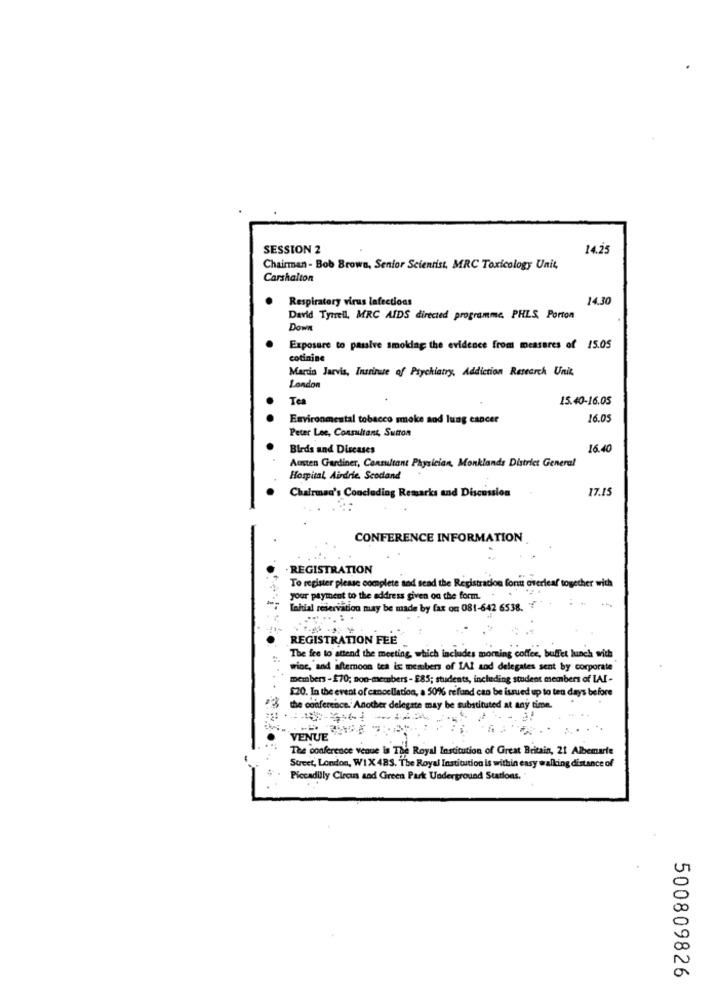
SESSION 2
14.25
Chairman- Bob Brown, Senior Scientist, MRC Toxicology Unit,
Carshalton
Respiratory virus lafections
14.30
David Tyrrell, MRC AIDS directed programme, PHLS, Porton
Down
Exposure to passive smokdag the evidence from measures of 15.05
cotinine
Mardin Jarvis, Insriruse of Psychiatry, Addiction Research Unit.
London
Tea
15.40-16.05
Environmental tobacco smoke and lung cancer
16.05
..
Peter Lee, Consultant, Sutton
Bleds and Diseases
16.40
Austen Gardiner, Consultant Physician, Monklands District General
Hospital, Airdrie. Seodand
Chairman's Concluding Remarks and Discussion
17.15
CONFERENCE INFORMATION
. REGISTRATION
To register please complete sod sead the Registration form overleaf together with
--
your payment to the address given on the form.
Tahial reservation may be made by fax on 081-642 6538. ? "
REGISTRATION FEE
The fee to attend the meeting, which includes morning coffee, buffet lunch with
winc, and afternoon tea is members of IAI and delegates sent by corporate
members - $70; non-members - E85; students, including student members of LAI -
$20. In the event of cancellation, a 50% refund can be issued up to ten days before
22 the conference. Another delegate may be substituted at any time.
VENUE
The conference venue is The Royal Institution of Great Britain, 21 Albemarle
Street, London, WIX 483. The Royal Institution is within easy walking distance of
Piccadilly Circus and Green Park Underground Stations.
500809826